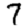
Digit: 7